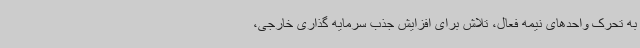
به تحرک واحدهای نیمه فعال، تلاش برای افزایش جذب سرمایه گذاری خارجی،